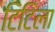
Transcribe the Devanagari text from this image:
टिटिला